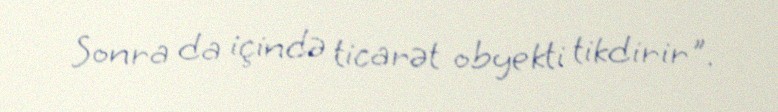
Sonra da içində ticarət obyekti tikdirir".